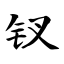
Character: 钗